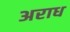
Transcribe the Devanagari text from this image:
अराध